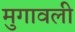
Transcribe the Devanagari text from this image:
मुगावली